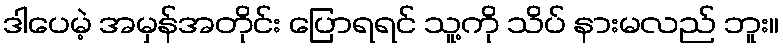
ဒါပေမဲ့ အမှန်အတိုင်း ပြောရရင် သူ့ကို သိပ် နားမလည် ဘူး။